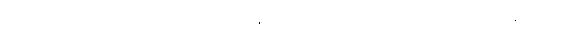
ဆွေမျိုး၎င်း။ အာဗာဓော၊ အနာ၎င်း။ ဂန္ထော၊ ကျမ်းဂန်သင်ကြားခြင်း၎င်း။ ဣဒ္ဓိ၊ တန်ခိုး၎င်း။